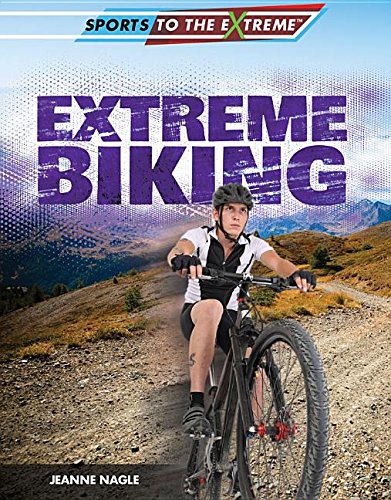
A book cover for Extreme Biking (Sports to the Extreme); Jeanne Nagle; Children's Books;